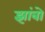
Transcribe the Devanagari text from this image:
झांबो